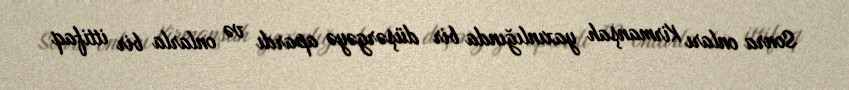
Sonra onları Kirmanşah yaxınlığında bir düşərgəyə apardı və onlarla bir ittifaq